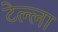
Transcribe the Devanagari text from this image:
टेल्ला